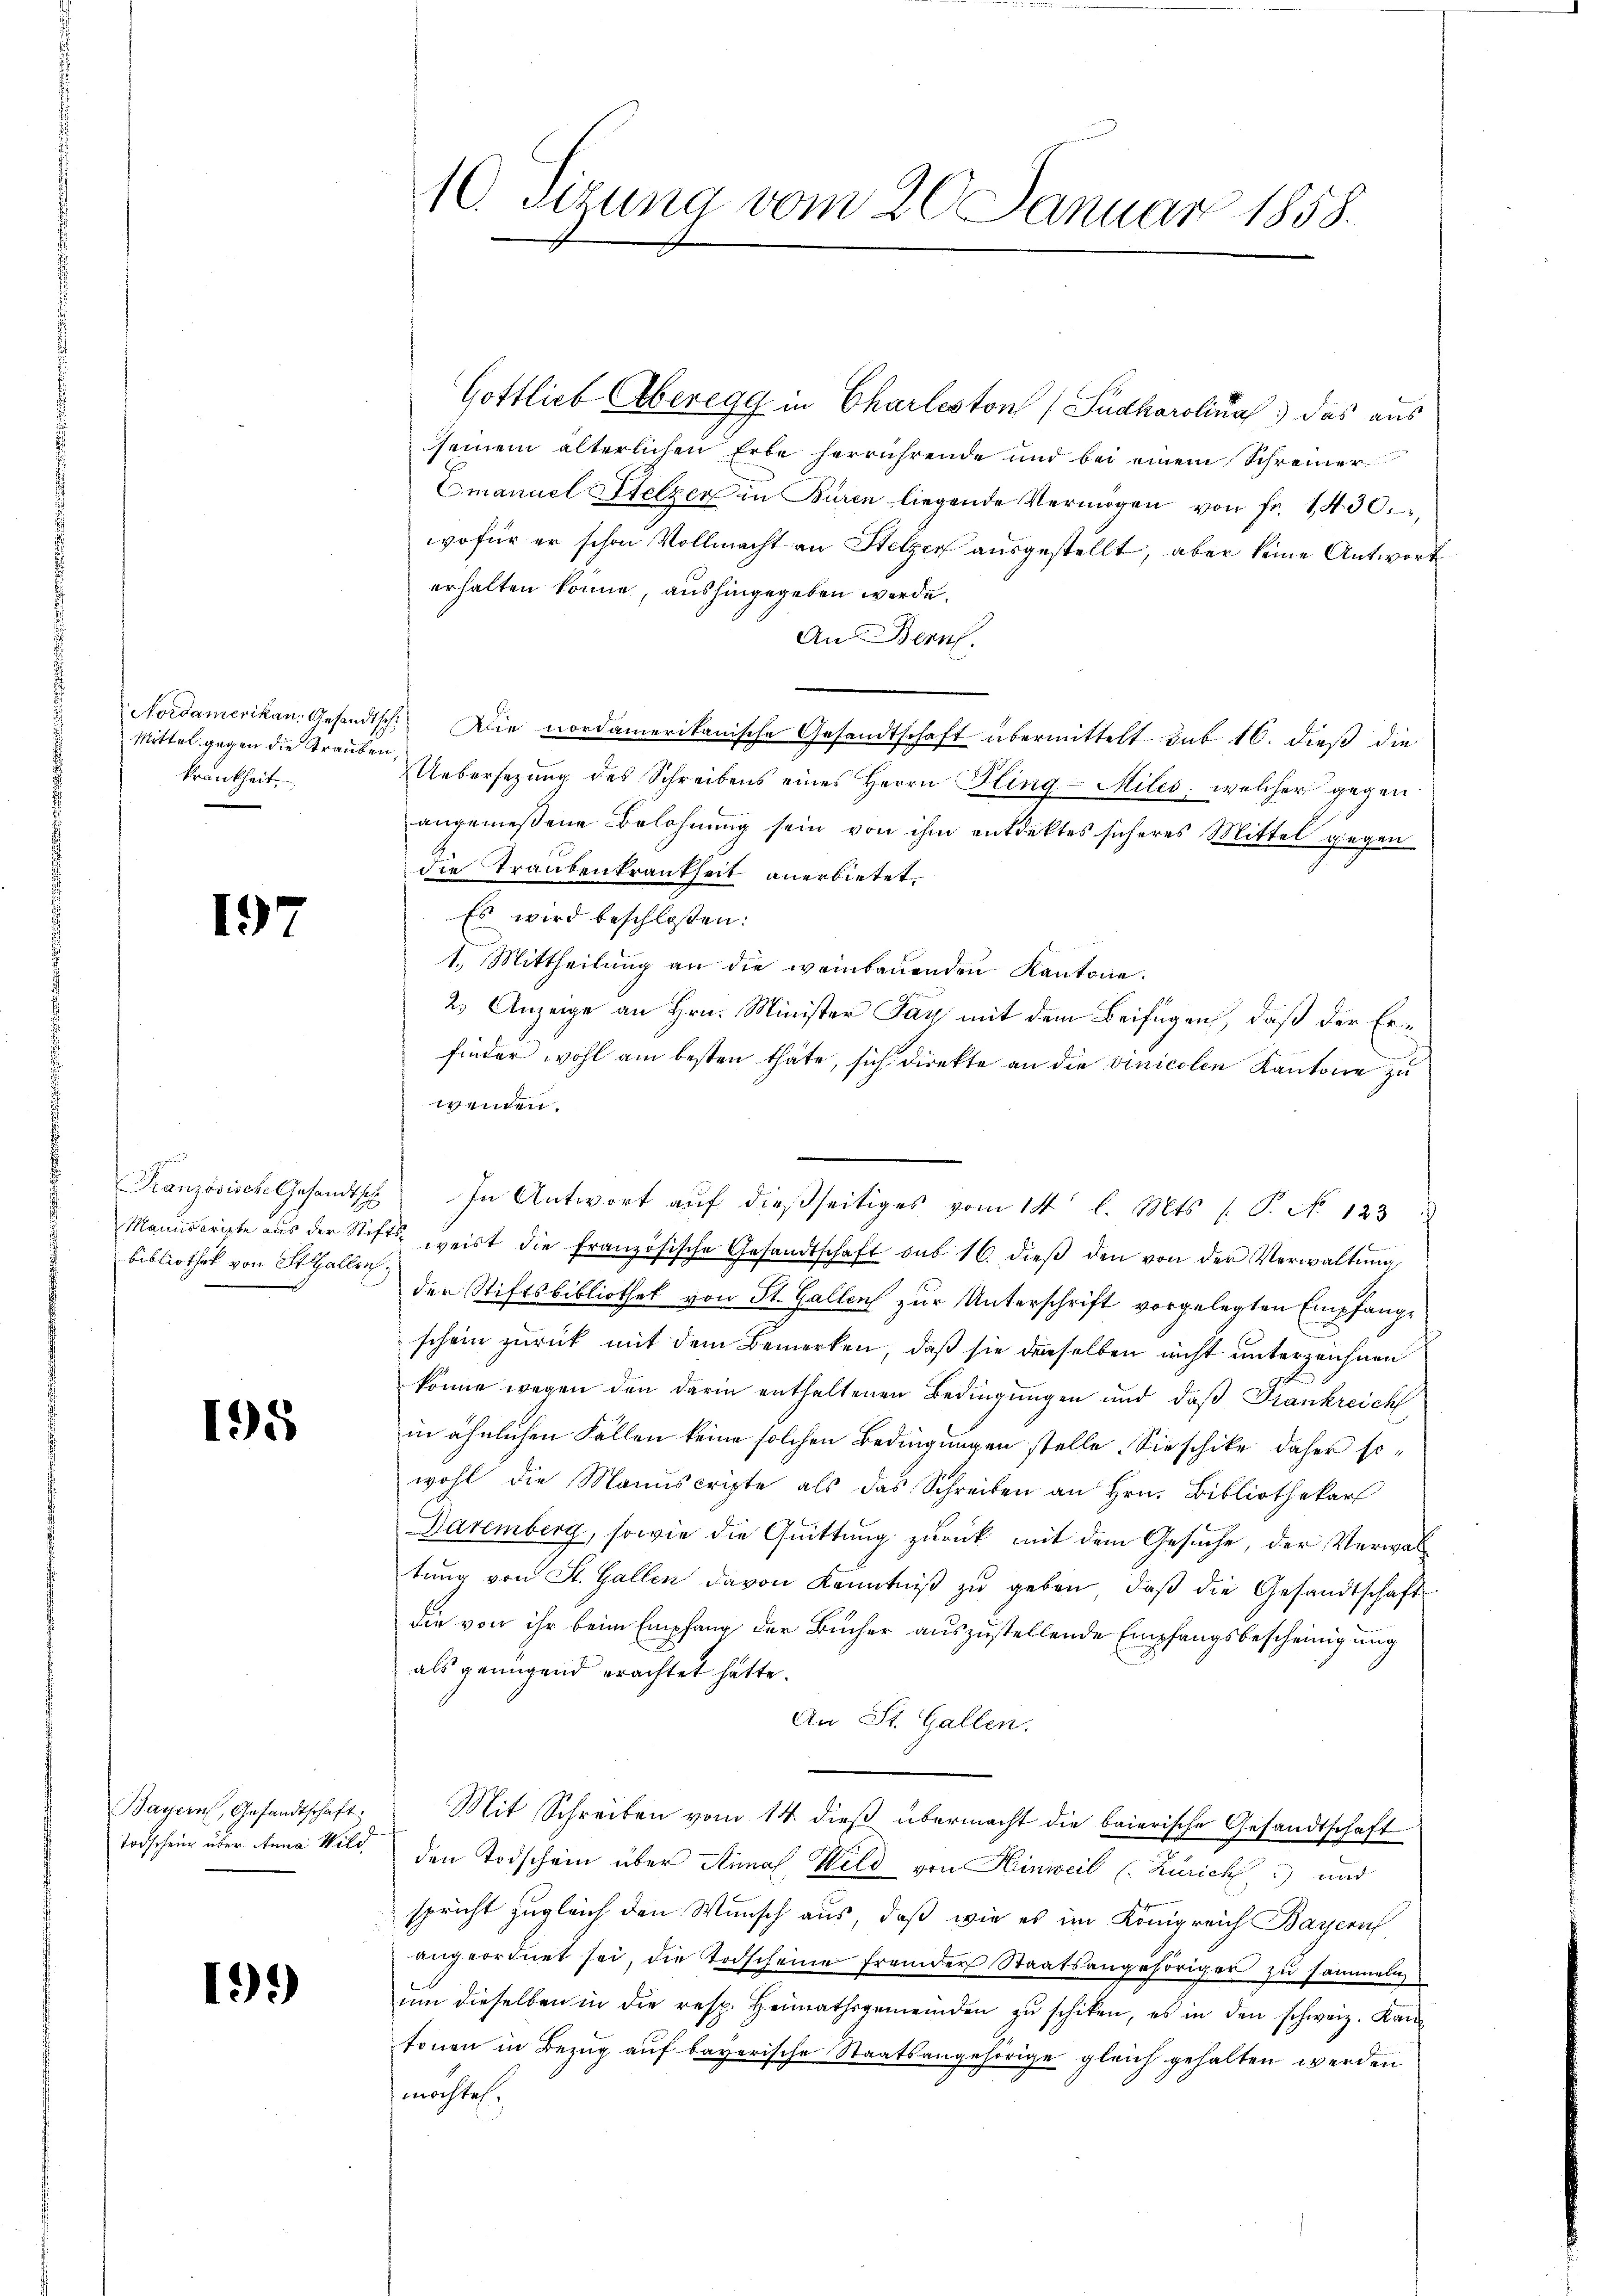
Mittel gegen die Trauben,
krankheit,

197

Französische Gesandtsch
bibliothek von Stallon

195

Bayern, Gesandtschaft:
Todschein über Anna Wild.

19)

10. Sizung vom 20. Januar 1858.

Gottlieb Aberegg in Charleston (Sudkarolina) das aus
seinem älterlichen Erbe herrührende und bei einem Schreiner
Emanuel Stelzer in Buren liegende Vermögen von fr. 1430.
wofür er schon Vollmacht an Stelzen ausgestellt, aber keine Antwort
erhalten könne, aushingegeben werde.
An Bern.
Nordamerikan. Gesandtsch. Die nordamerikanische Gesandtschaft übermittelt sub 16. dieß die
Uebersezung des Schreibens eines Herrn Pling - Miles, welcher gegen
angemeßene Belohnung sein von ihm entdektes sicheres Mittel gegen
die Traubenkrankheit anerbietet.
Es wird beschloßen:
1. Mittheilung an die weinbauenden Kantone.
2. Anzeige an Hrn. Minister Jay mit dem Beifügen, daß der Erfinder wohl am besten thäte, sich direkte an die vinicolen Kantone zu
en
In Antwort aŭf dießseitiges vom 14t l. Mts. (T. No 123
Manuscripte aŭs der Stifts weist die französische Gesandtschaft sub 16. dieβ den von der Verwaltŭng
der Stiftsbibliothek von St. Gallen zur Unterschrift vorgelegten Empfangschein zurück mit dem Bemerken, daß sie derselben nicht unterzeichnen
könne wegen den darin enthaltenen Bedingungen und daß Frankreich
in ähnlichen Fällen keine solchen Bedingungen stelle. Sie schicke daher sowohl die Manuscripte als das Schreiben an Hrn. Bibliothekar
Daremberg, sowie die Quittung zurück mit dem Gesuche, der Verwaltŭng von St. Gallen davon Kenntniß zu geben, daß die Gesandtschaft
die von ihr beim Empfang der Bücher auszustellende Empfangsbescheinigung
als genügend erachtet hätte.
An St. Gallen.
Mit Schreiben vom 14. dieß übermacht die baierische Gesandtschaft
den Todschein über Annal, Wild von Hinweil (Zürich) und
spricht zugleich den Wunsch aus, daß wie es im Königreich Bayern
angeordnet sei, die Todscheine fremder Staatsangehöriger zu sammeln
ŭm dieselben in die resp. Heimathsgemeinden zŭ schiken, es in den schweiz. Kan
tonen in Bezug auf bayerische Staatsangehörige gleich gehalten werden
mochtes,